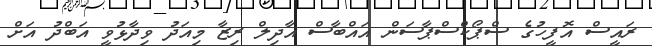
ރައީސް އޮފީހުގެ ސްޕޯކްސްޕާސަން އައްބާސް އާދިލް ރިޒާ މިއަދު ވިދާޅުވީ އަބްދު އަށް